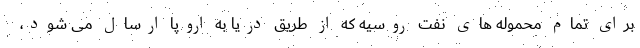
برای تمام محموله های نفت روسیه که از طریق دریا به اروپا ارسال می شود،